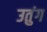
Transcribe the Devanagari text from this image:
उतुंग